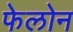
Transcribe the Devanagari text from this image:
फेलोन